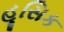
હૂસિક